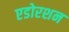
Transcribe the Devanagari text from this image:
एडोरशन